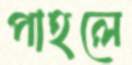
পাহলে